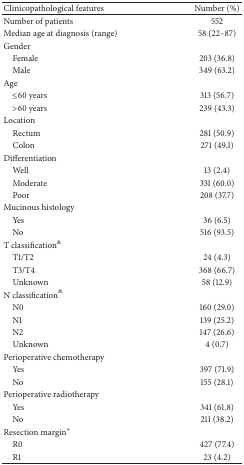
<table><thead><tr><td><b>Clinicopathological features</b></td><td><b>Number (%)</b></td></tr></thead><tbody><tr><td>Number of patients</td><td>552</td></tr><tr><td>Median age at diagnosis (range)</td><td>58 (22–87)</td></tr><tr><td>Gender</td><td> </td></tr><tr><td> Female</td><td>203 (36.8)</td></tr><tr><td> Male</td><td>349 (63.2)</td></tr><tr><td>Age</td><td> </td></tr><tr><td> ≤60 years</td><td>313 (56.7)</td></tr><tr><td> &gt;60 years</td><td>239 (43.3)</td></tr><tr><td>Location</td><td> </td></tr><tr><td> Rectum</td><td>281 (50.9)</td></tr><tr><td> Colon</td><td>271 (49.1)</td></tr><tr><td>Differentiation</td><td> </td></tr><tr><td> Well</td><td>13 (2.4)</td></tr><tr><td> Moderate</td><td>331 (60.0)</td></tr><tr><td> Poor</td><td>208 (37.7)</td></tr><tr><td>Mucinous histology</td><td> </td></tr><tr><td> Yes</td><td>36 (6.5)</td></tr><tr><td> No</td><td>516 (93.5)</td></tr><tr><td>T classification<sup>&amp;</sup></td><td> </td></tr><tr><td> T1/T2</td><td>24 (4.3)</td></tr><tr><td> T3/T4</td><td>368 (66.7)</td></tr><tr><td> Unknown</td><td>58 (12.9)</td></tr><tr><td>N classification<sup>&amp;</sup></td><td> </td></tr><tr><td> N0</td><td>160 (29.0)</td></tr><tr><td> N1</td><td>139 (25.2)</td></tr><tr><td> N2</td><td>147 (26.6)</td></tr><tr><td> Unknown</td><td>4 (0.7)</td></tr><tr><td>Perioperative chemotherapy</td><td> </td></tr><tr><td> Yes</td><td>397 (71.9)</td></tr><tr><td> No</td><td>155 (28.1)</td></tr><tr><td>Perioperative radiotherapy</td><td> </td></tr><tr><td> Yes</td><td>341 (61.8)</td></tr><tr><td> No</td><td>211 (38.2)</td></tr><tr><td>Resection margin<sup><i>∗</i></sup></td><td> </td></tr><tr><td> R0</td><td>427 (77.4)</td></tr><tr><td> R1</td><td>23 (4.2)</td></tr></tbody></table>